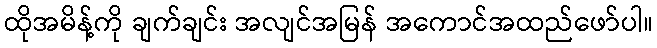
ထိုအမိန့်ကို ချက်ချင်း အလျင်အမြန် အကောင်အထည်ဖော်ပါ။